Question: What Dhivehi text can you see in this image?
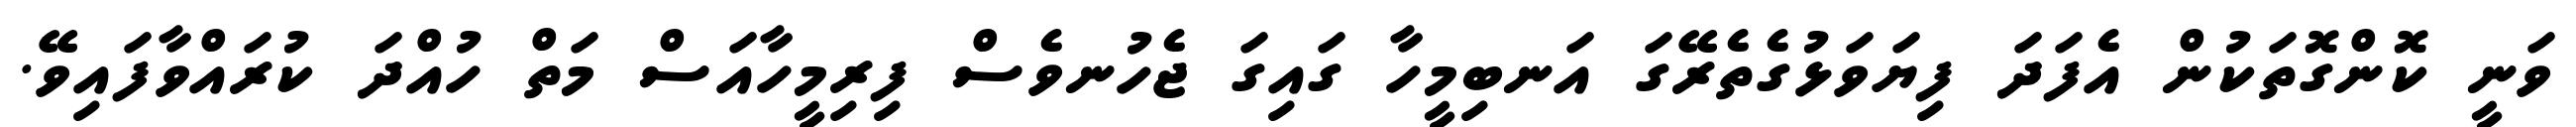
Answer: ވަނީ ކޮންގޮތަކުން އެފަދަ ފިޔަވަޅުގެތެރޭގަ އަނބިމީހާ ގައިގަ ޖެހުނވެސް ފިރިމީހާއަސް މަތް ހުއްދަ ކުރައްވާފައިވޭ.